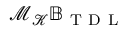
\mathcal { M } _ { \mathcal { K } } \mathbb { B } _ { \mathrm { ~ T ~ D ~ L ~ } }